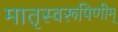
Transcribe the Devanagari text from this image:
मातृस्वरूपिणीम्